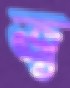
জ্ব